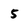
Character: 5